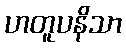
ဟတူပနိသာ